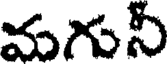
మగుని